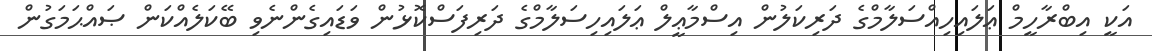
އަކީ އިބްރާހީމް ޢަލައިހިއްސަލާމްގެ ދަރިކަލުން އިސްމާޢީލް ޢަލައިހިސަލާމްގެ ދަރިފަސްކޮޅުން ވަޑައިގެންނެވި ބޭކަލެއްކަން ޞައްޙަމަގުން